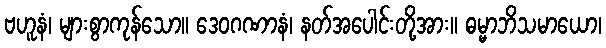
ဗဟူနံ၊ များစွာကုန်သော။ ဒေဝဂဏာနံ၊ နတ်အပေါင်းတို့အား။ ဓမ္မာဘိသမာယော၊